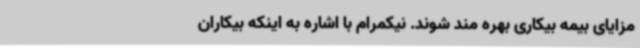
مزایای بیمه بیکاری بهره مند شوند. نیکمرام با اشاره به اینکه بیکاران